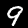
Label: 9